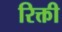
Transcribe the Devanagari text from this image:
रिक्ती